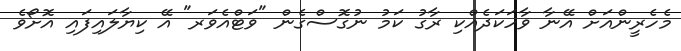
މެހެރީންއަށް އޭނާ ވާހަކަދެއްކި ރާގު ކަމު ނުގޮސްގެން "ވަޓްއެވަރ" އޭ ކިޔާލައިފައި އޮށޯވެ